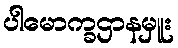
ပါမောက္ခဌာနမှူး